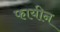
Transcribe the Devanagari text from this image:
फायीन